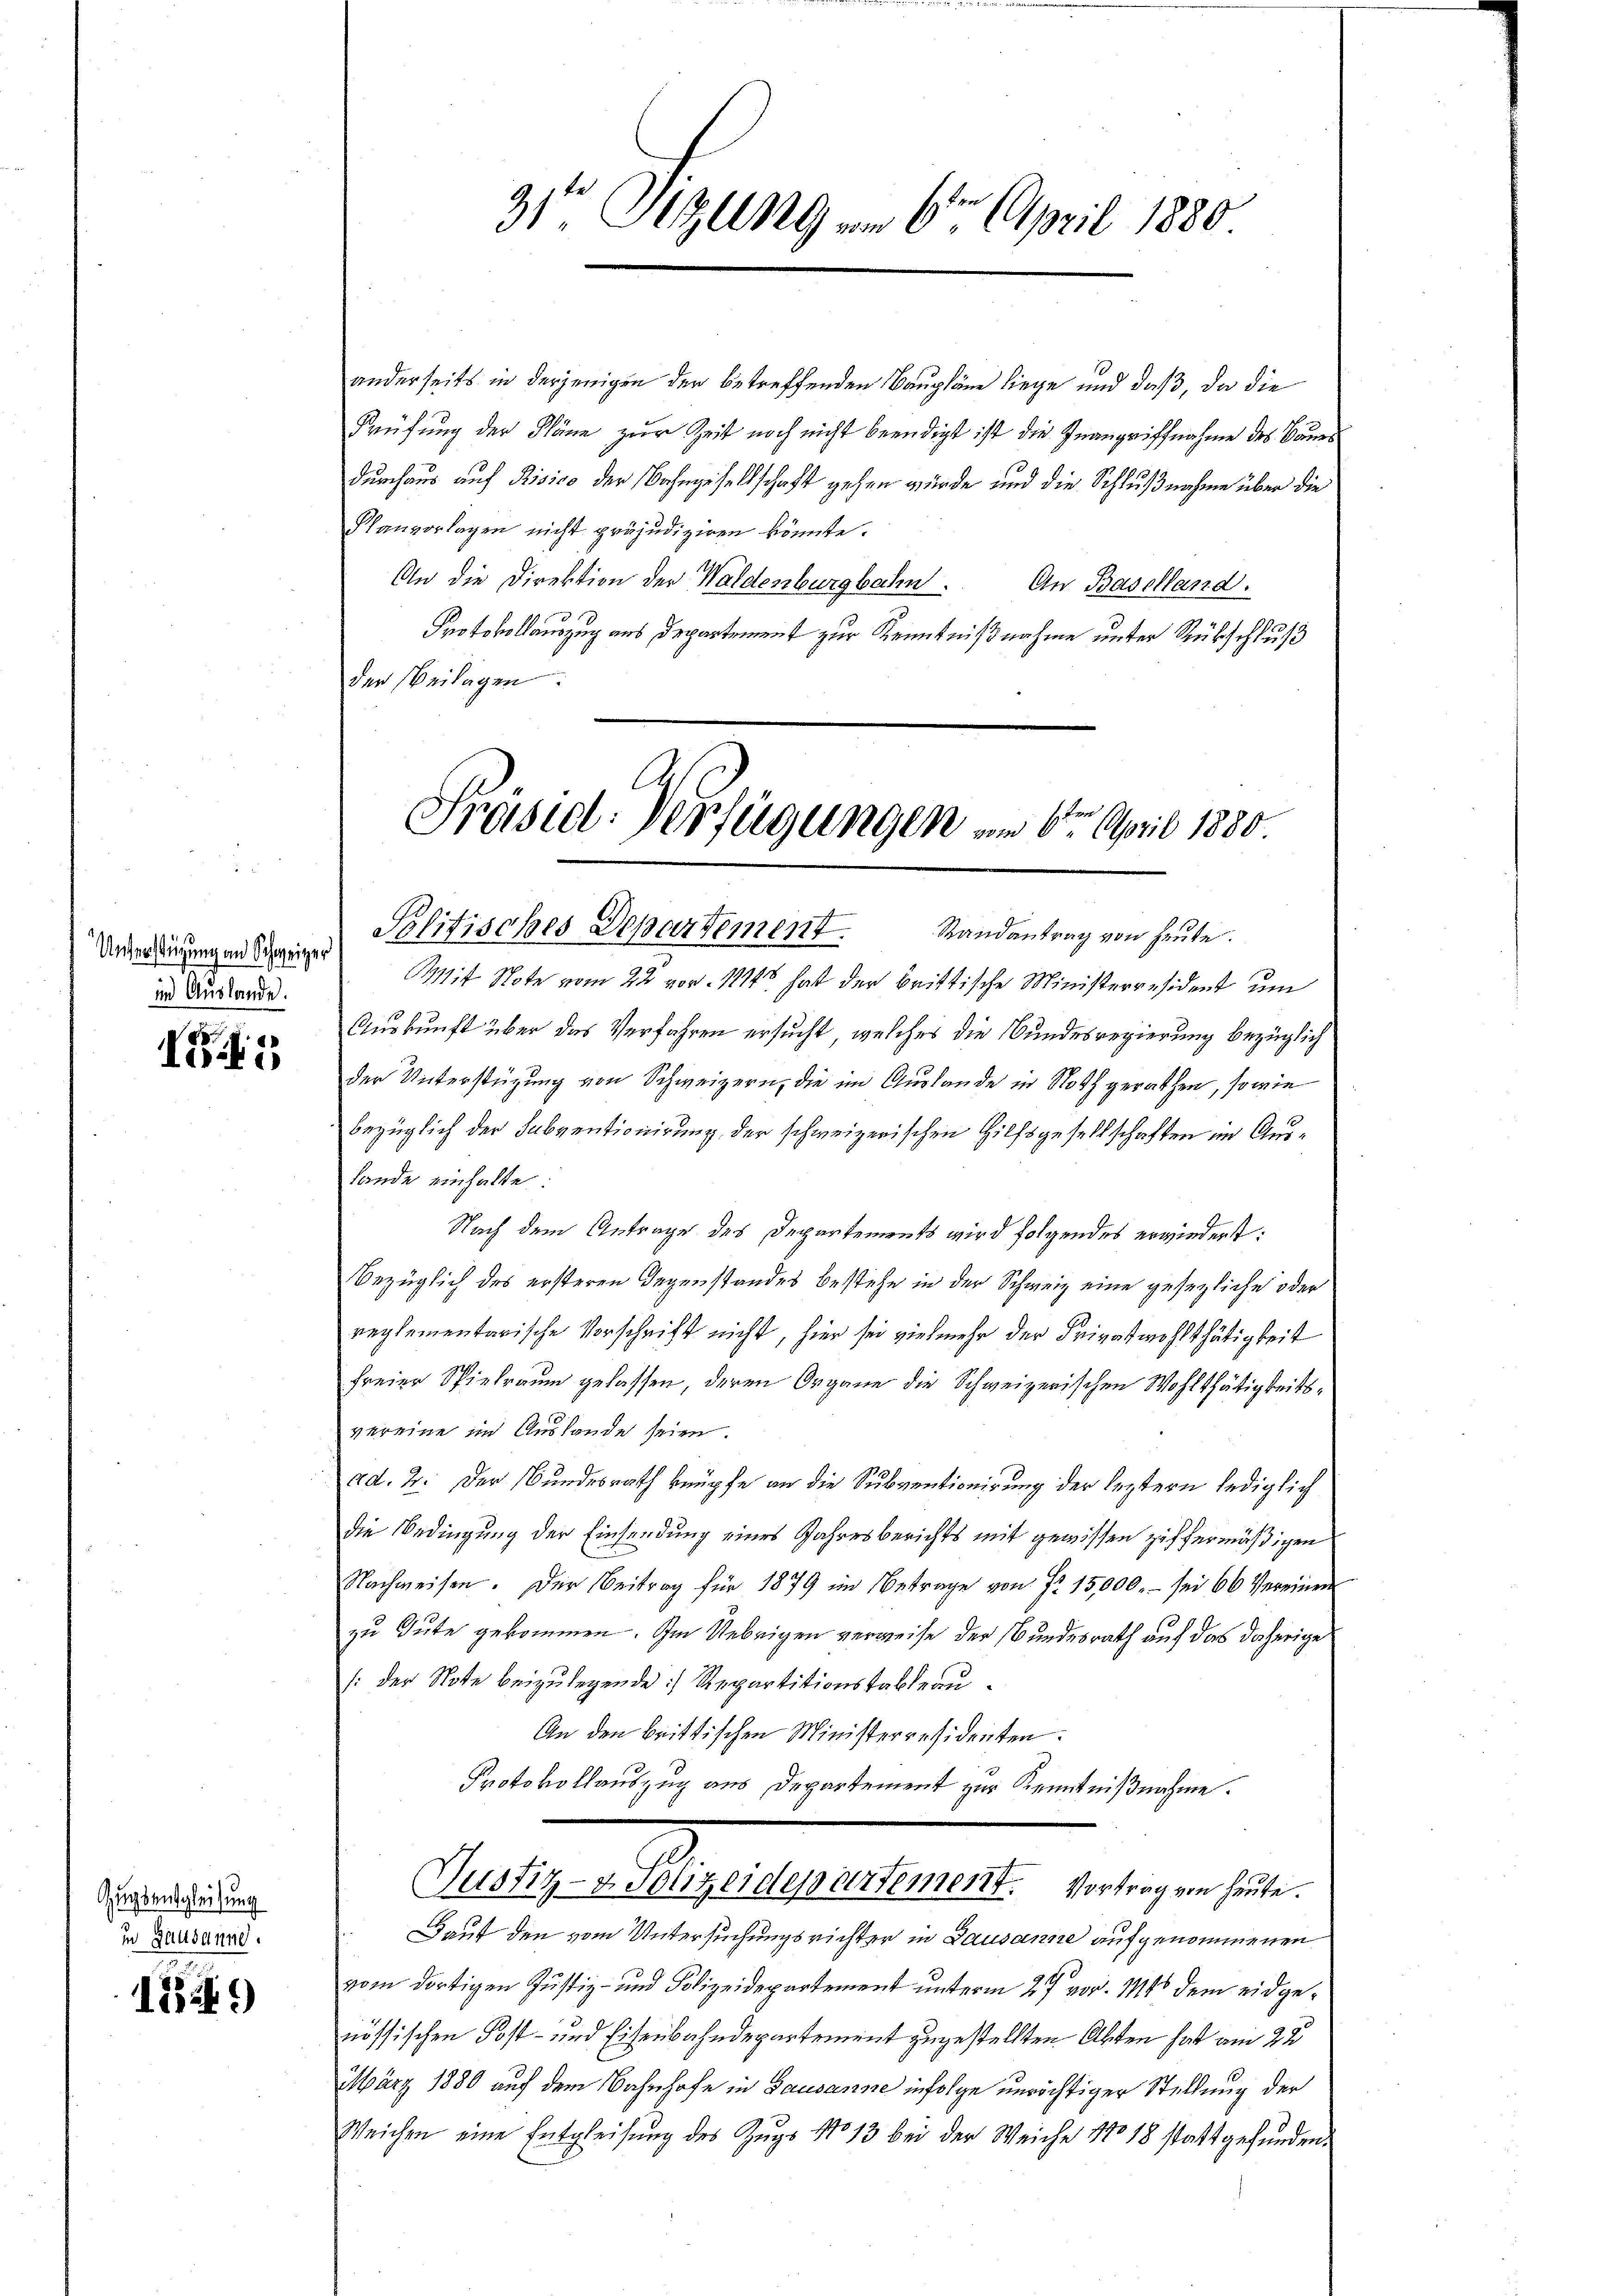
Unterstüzung an Schweizer
in Auslande.

B
Ioi

Zugsensgleichung
in Lausanne.

179

31te Sitzung - 6. April 1880

anderseits in derjenigen der betreffenden Baupläne liege und daß, da die
Prüfung der Pläne zur Zeit noch nicht beendigt ist die Inangriffnahme des Bauer
durchaus auf Risico der Bahngesellschaft gehen würde und die Schlußnahme über die
Planvorlagen nicht präjudiziren könnte.
An die Direktion der Waldenburgbahn.
An Baselland.
Protokollauszug aus Departement zur Kenntnißnahme unter Rükschluß
den Beilagen.

Präsid. Verfügungen am 6ten April 1880
Politisches Departement. Randantrag von heŭte.

Mit Note vom 22 vor 111 hat der brittische Ministerresident um
Auskunft über das Verfahren ersucht, welches die Bundesregierung bezüglich
der Unterstüzung von Schweizern, die im Auslande in Noth gerathen, sowie
bezüglich der Subventionirung der schweizerischen Hilfsgesellschaften im Aus¬
Lande einhalte:
Nach dem Antrage des Departements wird folgendes erwiedert:
Bezüglich des ersteren Gegenstandes bestehe in der Schweiz eine gesezliche oder
reglementarische Vorschrift nicht, hier sei vielmehr der Privatwohlthätigkeit
freier Spielraum gelassen, deren Organe die Schweizerischen Wohlthätigkeitsvereine im Auslande seien.
ad. 2. Der Bundesrath knüpfe an die Subventionigung der leztern lediglich
die Bedingung der Einsendung eines Jahresberichts mit gewissen ziffermäßigen
Nachweisen. Der Beitrag für 1879 im Betrage von Nr. 15,000.- sei 66 Vereinen
zu Gute gekommen. Im Uebrigen verweise der Bundesrath auf das daherige
[der Note beizulegende Repartitionstableau¬
An den brittischen Ministerresidenten.
Protokollauszug aus Departement zur Kenntnißnahme.
Justiz- & Polizeidepartement. Vortrag von heute.
Dauf den vom Untersuchungsrichter in Lausanne aufgenommenen
vom dortigen Justiz- und Polizeidepartement unterm 27 vor. 14 dem eidgenössischen Post- und Eisenbahndepartement zugestellten Absten hat am 22
März 1880 auf dem Bahnhofe in Lausanne infolge unrichtiger Stellung der
Weichen eine Entgleisung des Zugs No 13 bei der Weiche No 18 stattgefunden.